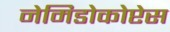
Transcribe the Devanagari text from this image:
नेमिडोकोप्टेस